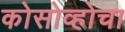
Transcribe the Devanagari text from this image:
कोसोव्होचा